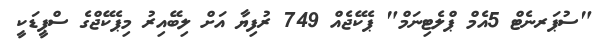
"ސުޕަރނެޓް 5އެމް ޕްލެޓިނަމް" ޕެކޭޖެއް 749 ރުފިޔާ އަށް ލިބޭއިރު މިޕެކޭޖްގެ ސްޕީޑަކީ